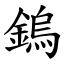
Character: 鎢